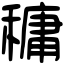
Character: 𥡲